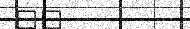
٣٣